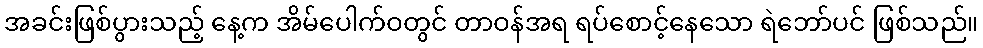
အခင်းဖြစ်ပွားသည့် နေ့က အိမ်ပေါက်ဝတွင် တာဝန်အရ ရပ်စောင့်နေသော ရဲဘော်ပင် ဖြစ်သည်။